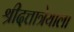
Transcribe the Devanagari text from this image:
श्रीदत्तात्रेयाला